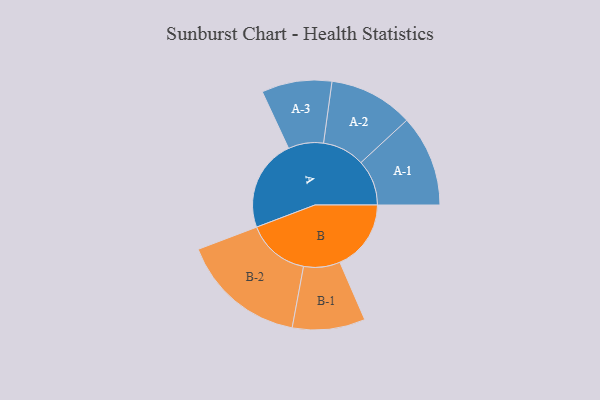
{"axis": {"x": "Segment", "y": "Value"}, "legend": ["", "A", "B"], "data": [{"x": "A", "y": 285, "type": ""}, {"x": "B", "y": 221, "type": ""}, {"x": "A-1", "y": 142, "type": "A"}, {"x": "A-2", "y": 131, "type": "A"}, {"x": "A-3", "y": 109, "type": "A"}, {"x": "B-1", "y": 113, "type": "B"}, {"x": "B-2", "y": 195, "type": "B"}]}